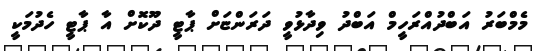
މެމްބަރު އަބްދުއްރަހީމް އަބްދު ވިދާޅުވީ ދަރަންޏަށް ޕާޓީ ދޫކޮށް އާ ޕާޓީ ހެދުމަކީ